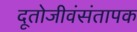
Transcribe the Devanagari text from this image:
दूतोजीवंसंतापक